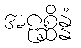
အဠစ္ဆိန္နံ